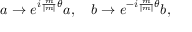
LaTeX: a \rightarrow e ^ { i { \frac { m } { \mid m \mid } } \theta } a , ~ ~ ~ b \rightarrow e ^ { - i { \frac { m } { \mid m \mid } } \theta } b ,